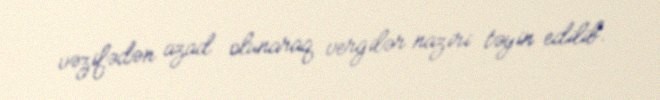
vəzifədən azad olunaraq vergilər naziri təyin edilib.